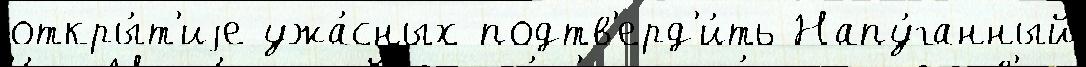
откры́т'иjе ужа́сных подтв'ерд'и́ть Напу́ганный